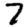
Digit: 7